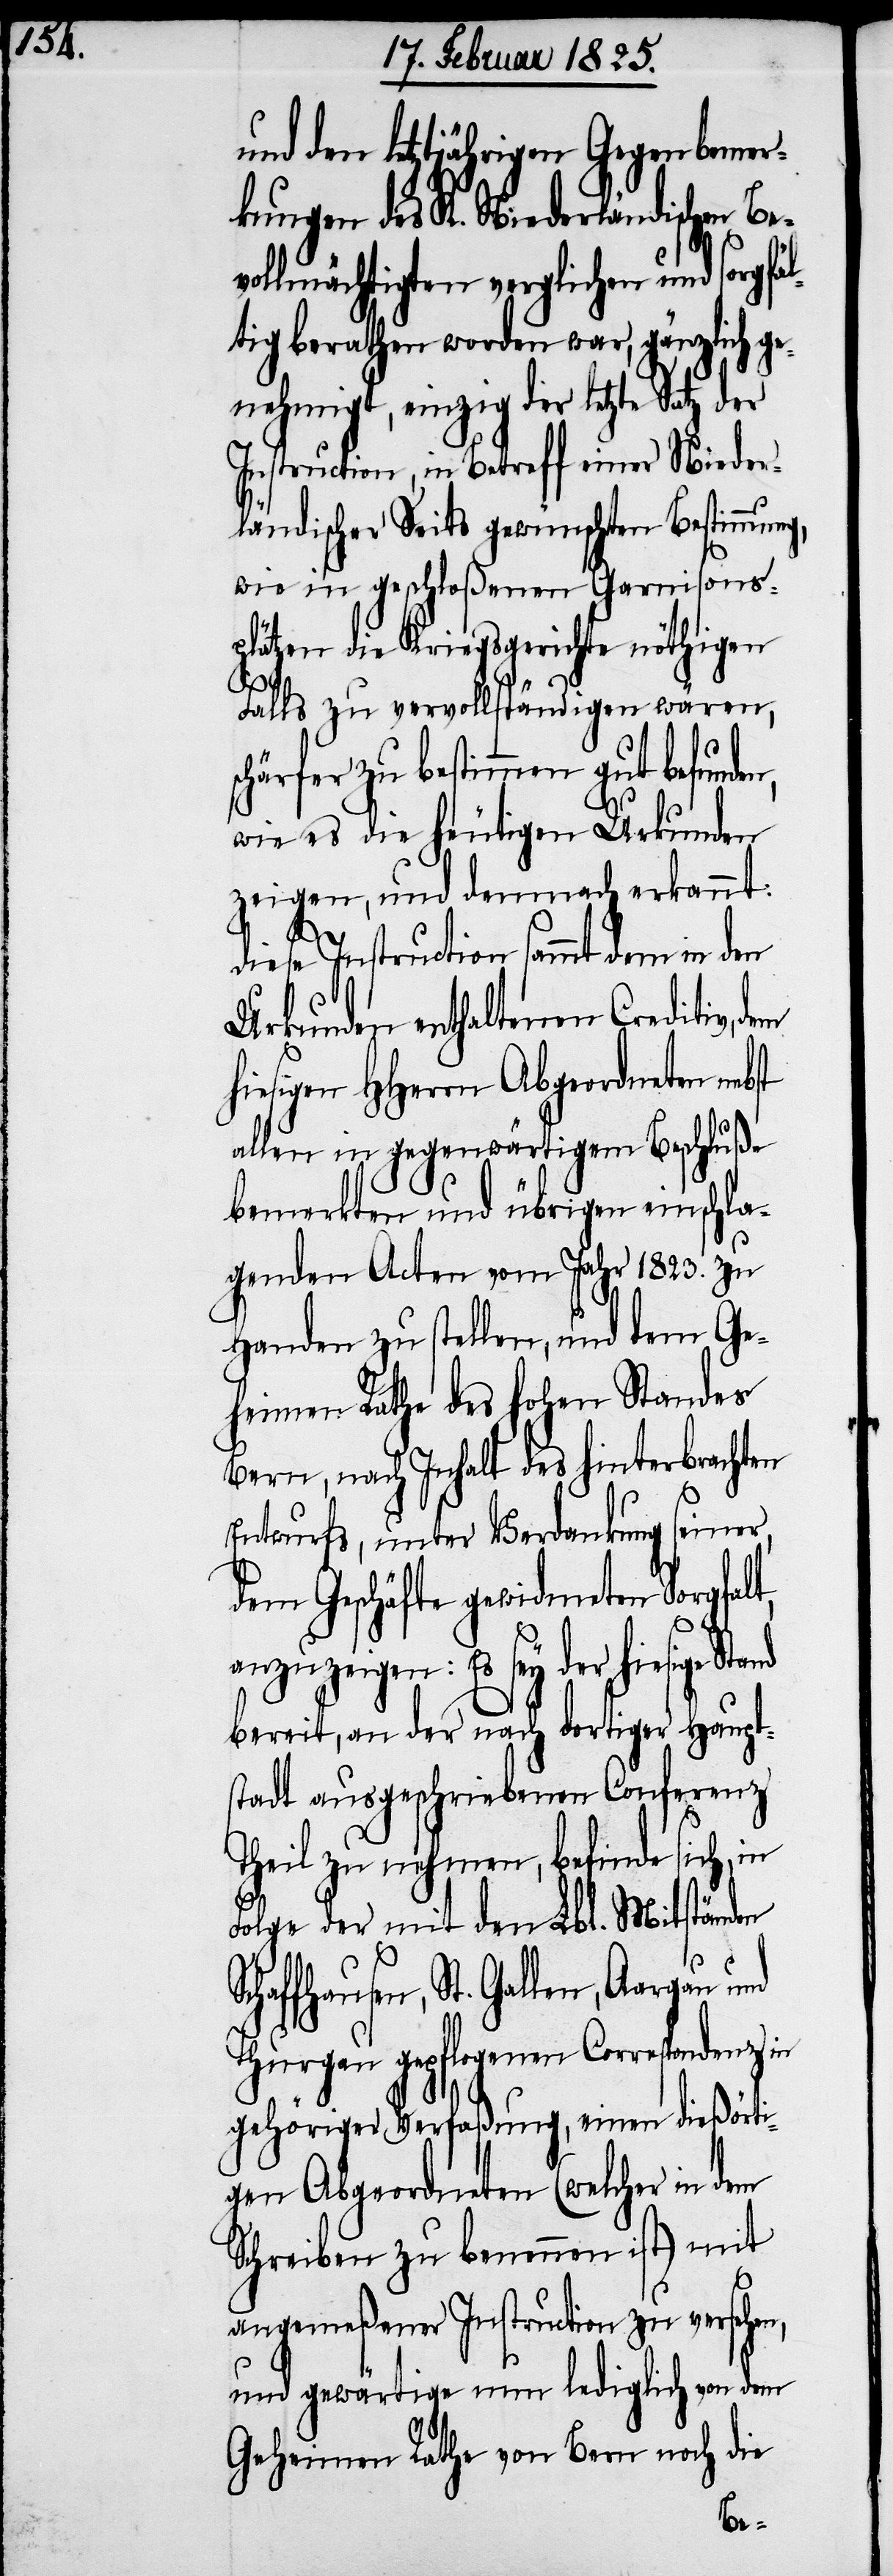
und den letztjährigen Gegenbemer¬
kungen des K. Niederländischen Be¬
vollmächtigten verglichen und sorgfäl¬
tig berathen worden war, gänzlich ge¬
nehmigt, einzig der letzte Satz der
Instruction, in Betreff einer Nieder¬
ländischer Seits gewünschten Bestimmung,
wie in geschloßenen Garnisons¬
plätzen die Kriegsgerichte nöthigen
h¬
Falls zu vervollständigen wären,
chärfer zu bestimmen gut befunde¬
wie es die heutigen Urkunden
zeigen, und demnach erkannt:
diese Instruction sammt dem in den
Urkunden enthaltenen Creditiv, dem
iesigen HHerrn Abgeordneten nebst
allen in gegenwärtigem Beschluße
bemerkten und übrigen einschla¬
genden Acten vom Jahr 1823. zu
Handen zu stellen, und dem Ge¬
heimen Rathe des hohen Standes
Bern, nach Inhalt des hinterbrachten
Entwurfs, unter Verdankung seiner,
dem Geschäfte gewidmeten Sorgfalt,
anzuzeigen: Es sey der hiesige
bereit, an der nach dortiger Haupt¬
stadt ausgeschriebenen Conferenz
Theil zu nehmen, befinde sich,
Folge der mit den Lbl. Mitständen
St. Gallen, Aargau und
Thurgau gepflogenen Correspondenz in
gehöriger Verfaßung, einen dießörti¬
gen Abgeordneten (welcher in dem
Schreiben zu benennen ist) mit
angemeßener Instruction zu versehen,
und gewärtige nun lediglich von dem
Geheimen Rathe von Bern noch die